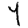
Digit: 4